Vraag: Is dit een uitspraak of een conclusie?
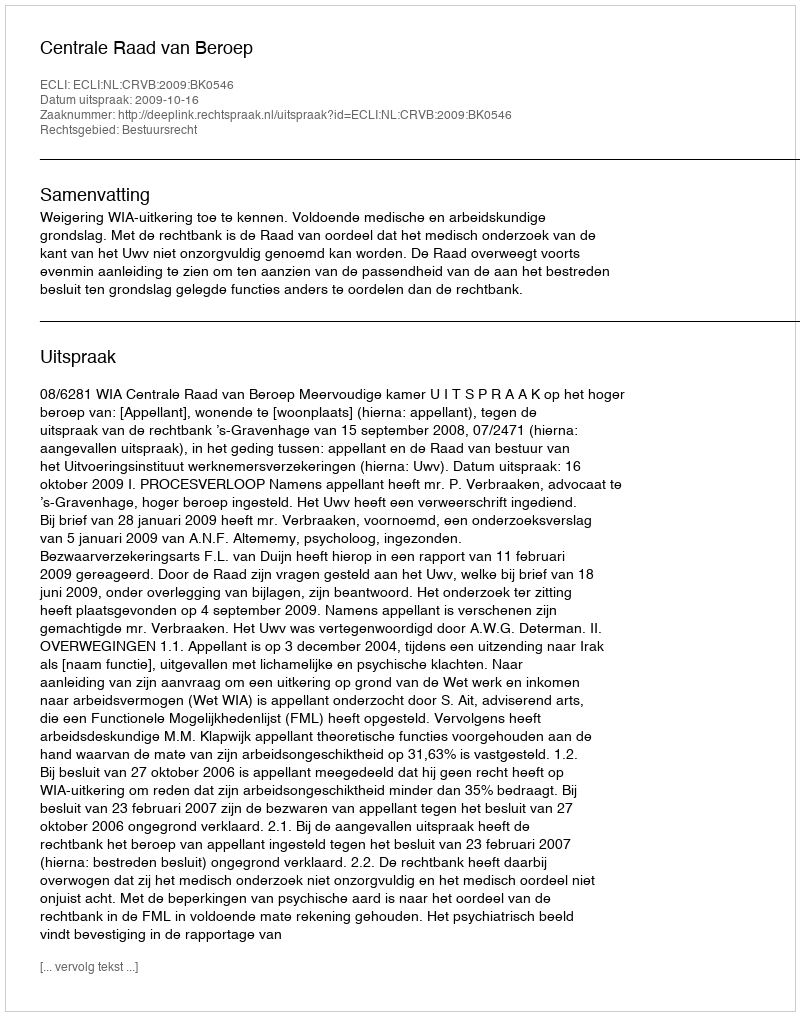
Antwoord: Uitspraak